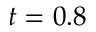
t = 0 . 8